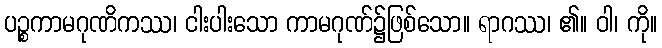
ပဉ္စကာမဂုဏိကဿ၊ ငါးပါးသော ကာမဂုဏ်၌ဖြစ်သော။ ရာဂဿ၊ ၏။ ဝါ၊ ကို။